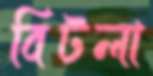
বিটলা